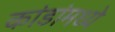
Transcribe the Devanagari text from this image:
कांडांमध्ये